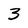
Character: 3